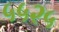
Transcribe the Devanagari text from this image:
५५२५